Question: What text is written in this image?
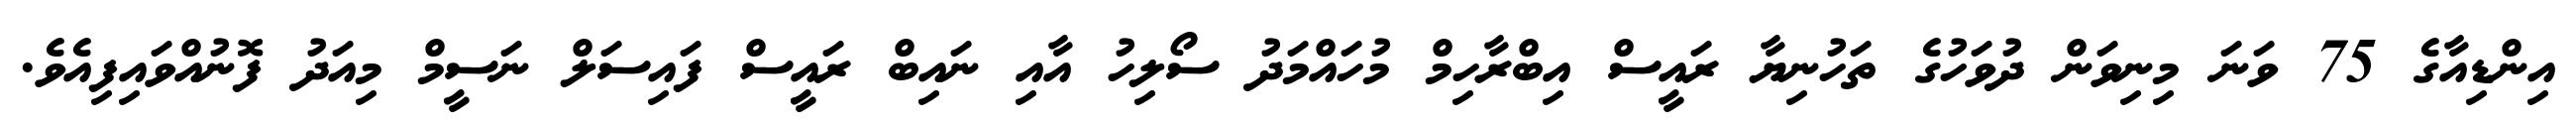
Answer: އިންޑިއާގެ 75 ވަނަ މިނިވަން ދުވަހުގެ ތަހުނިޔާ ރައީސް އިބްރާހިމް މުހައްމަދު ސޯލިހު އާއި ނައިބް ރައީސް ފައިސަލް ނަސީމް މިއަދު ފޮނުއްވައިފިއެވެ.